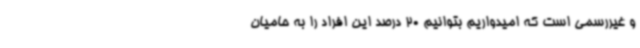
و غیررسمی است که امیدواریم بتوانیم 20 درصد این افراد را به حامیان